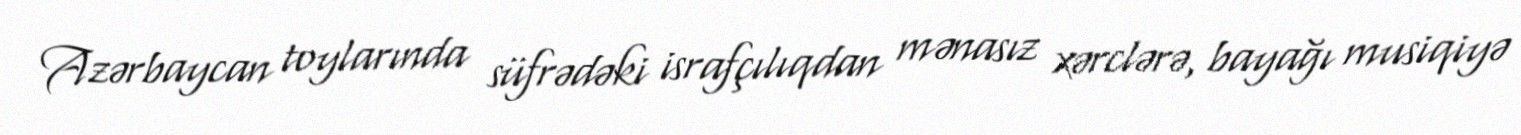
Azərbaycan toylarında süfrədəki israfçılıqdan mənasız xərclərə, bayağı musiqiyə